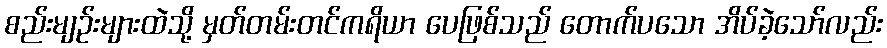
စည်းမျဉ်းများထဲသို့ မှတ်တမ်းတင်ကရိယာ ပေဖြစ်သည် တောက်ပသော အိပ်ခဲ့သော်လည်း